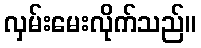
လှမ်းမေးလိုက်သည်။